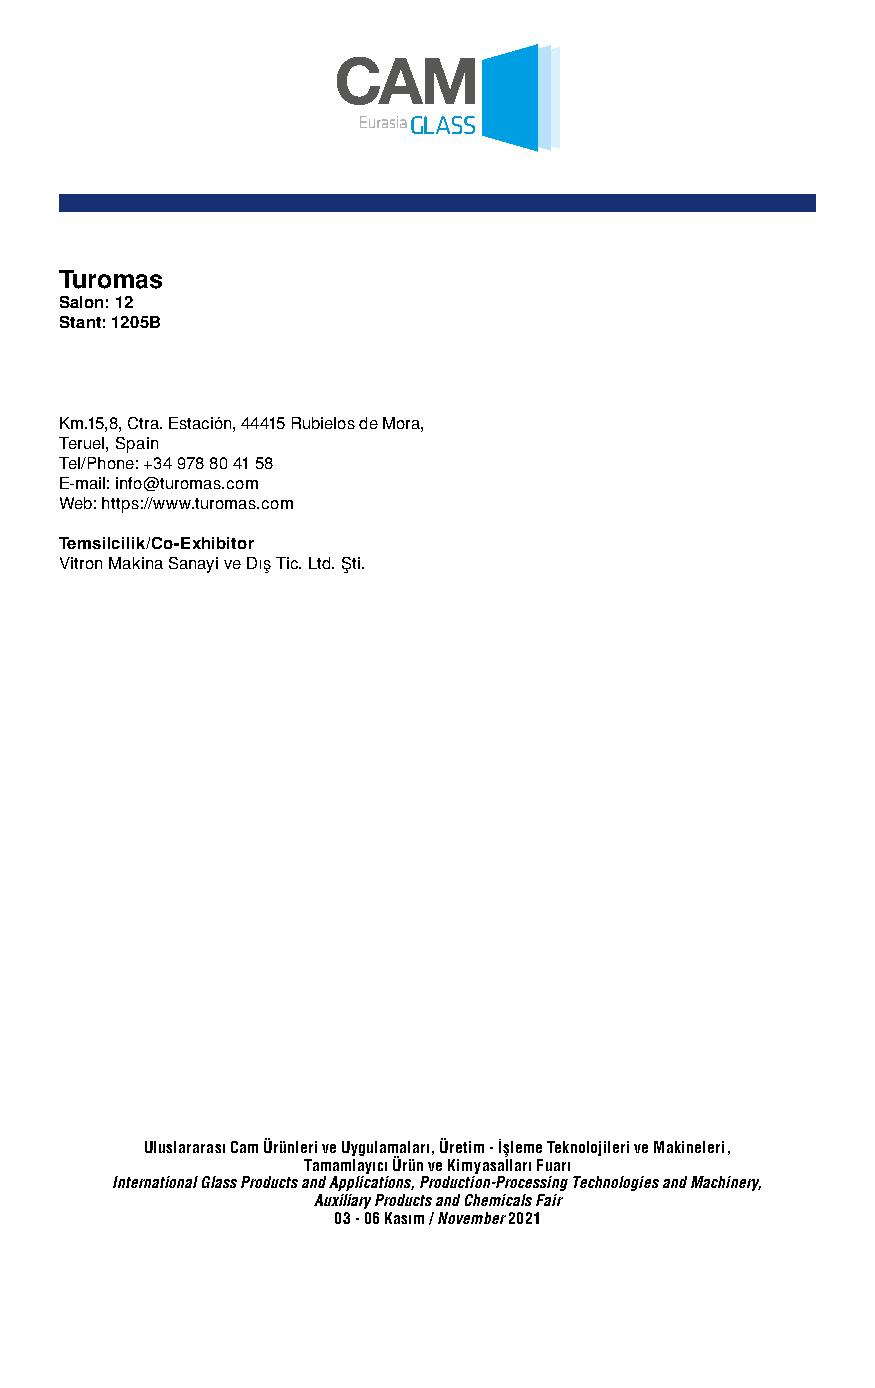
Turomas
 Salon: 12
 Stant: 1205B
 Km.15,8, Ctra. Estación, 44415 Rubielos de Mora,
 Teruel, Spain
 Tel/Phone: +34 978 80 41 58
 E-mail: info@turomas.com
 Web: https://www.turomas.com
 Temsilcilik/Co-Exhibitor
 Vitron Makina Sanayi ve Dış Tic. Ltd. Şti.
 Uluslararası Cam Ürünleri ve Uygulamaları, Üretim - İşleme Teknolojileri ve Makineleri,
 Tamamlayıcı Ürün ve Kimyasalları Fuarı
 International Glass Products and Applications, Production-Processing Technologies and Machinery,
 Auxiliary Products and Chemicals Fair
 03 - 06 Kasım / November 2021